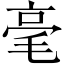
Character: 毫